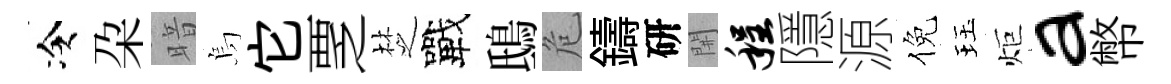
冷朶暗烏它覂椘戰鴟危鑄研𨳩程隱源倪珏炬a幣